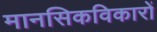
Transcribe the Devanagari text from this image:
मानसिकविकारों